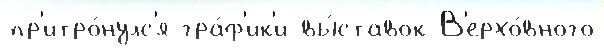
пр'итро́нулс'я гра́ф'ик'и вы́ставок В'ерхо́вного